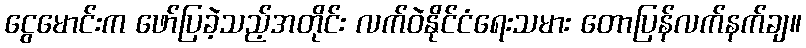
ငွေမောင်းက ဖော်ပြခဲ့သည့်အတိုင်း လက်ဝဲနိုင်ငံရေးသမား တောပြန်လက်နက်ချ။